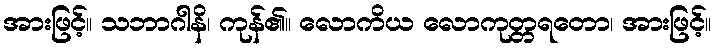
အားဖြင့်။ သဘာဂါနိ၊ ကုန်၏။ လောကိယ လောကုတ္တရတော၊ အားဖြင့်။